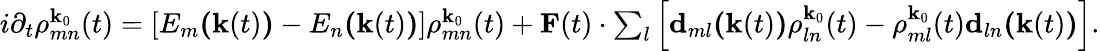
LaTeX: \begin{array}{r}{i\partial_{t}\rho_{mn}^{\textbf{k}_{0}}(t)=[E_{m}\textbf{(}\textbf{k}(t)\textbf{)}-E_{n}\textbf{(}\textbf{k}(t)\textbf{)}]\rho_{mn}^{\textbf{k}_{0}}(t)+\textbf{F}(t)\cdot\sum_{l}\left[\textbf{d}_{ml}\textbf{(}\textbf{k}(t)\textbf{)}\rho_{ln}^{\textbf{k}_{0}}(t)-\rho_{ml}^{\textbf{k}_{0}}(t)\textbf{d}_{ln}\textbf{(}\textbf{k}(t)\textbf{)}\right].}\end{array}